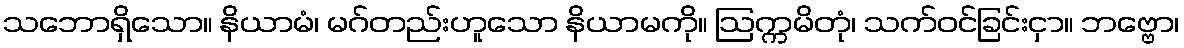
သဘောရှိသော။ နိယာမံ၊ မဂ်တည်းဟူသော နိယာမကို။ ဩက္ကမိတုံ၊ သက်ဝင်ခြင်းငှာ။ ဘဗ္ဗော၊